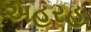
અહરહ